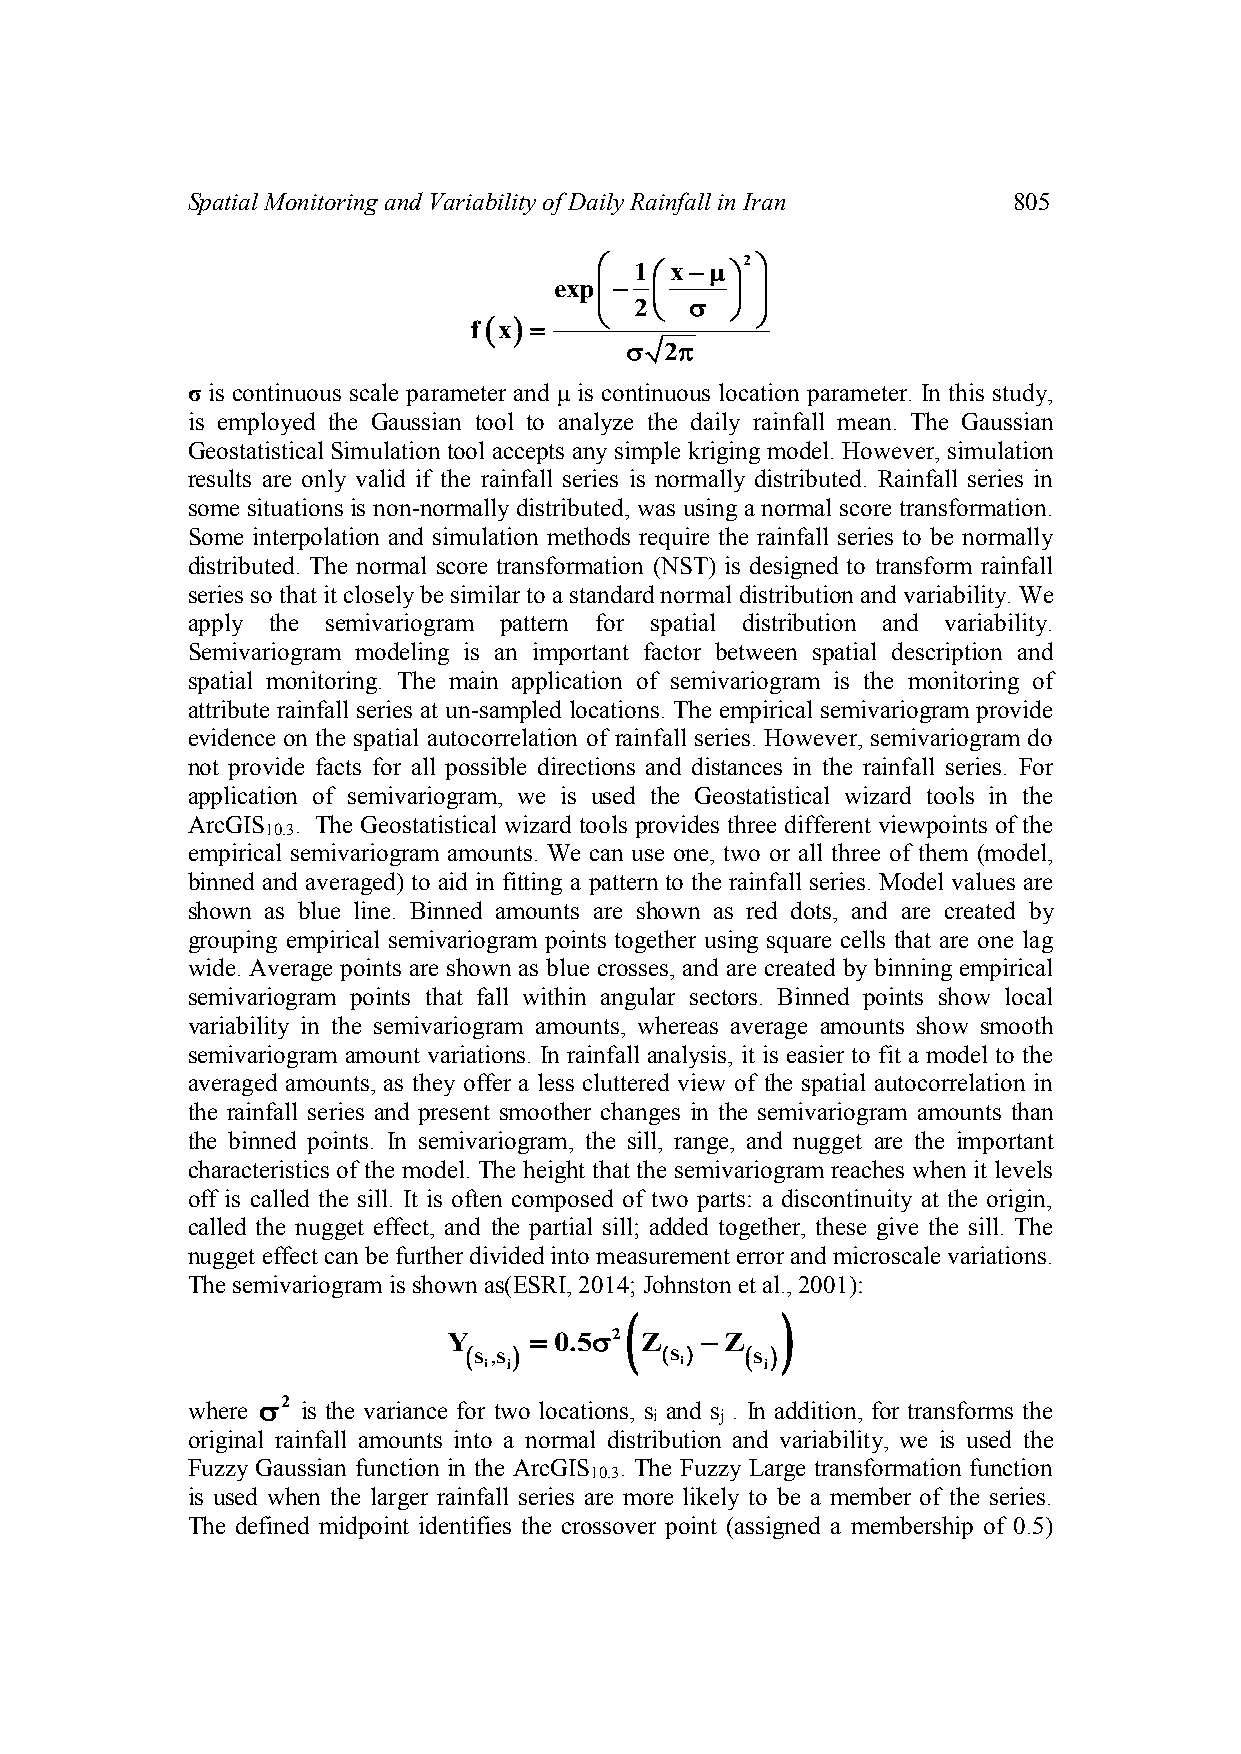
Spatial Monitoring and Variability of Daily Rainfall in Iran 805
  1 x2
 exp      
 
 
 2    
 
 fx 
   2
 σ is continuous scale parameter and μ is continuous location parameter. In this study,
 is employed the Gaussian tool to analyze the daily rainfall mean. The Gaussian
 Geostatistical Simulation tool accepts any simple kriging model. However, simulation
 results are only valid if the rainfall series is normally distributed. Rainfall series in
 some situations is non-normally distributed, was using a normal score transformation.
 Some interpolation and simulation methods require the rainfall series to be normally
 distributed. The normal score transformation (NST) is designed to transform rainfall
 series so that it closely be similar to a standard normal distribution and variability. We
 apply the semivariogram pattern for spatial distribution and variability.
 Semivariogram modeling is an important factor between spatial description and
 spatial monitoring. The main application of semivariogram is the monitoring of
 attribute rainfall series at un-sampled locations. The empirical semivariogram provide
 evidence on the spatial autocorrelation of rainfall series. However, semivariogram do
 not provide facts for all possible directions and distances in the rainfall series. For
 application of semivariogram, we is used the Geostatistical wizard tools in the
 ArcGIS  . The Geostatistical wizard tools provides three different viewpoints of the
 10.3
 empirical semivariogram amounts. We can use one, two or all three of them (model,
 binned and averaged) to aid in fitting a pattern to the rainfall series. Model values are
 shown as blue line. Binned amounts are shown as red dots, and are created by
 grouping empirical semivariogram points together using square cells that are one lag
 wide. Average points are shown as blue crosses, and are created by binning empirical
 semivariogram points that fall within angular sectors. Binned points show local
 variability in the semivariogram amounts, whereas average amounts show smooth
 semivariogram amount variations. In rainfall analysis, it is easier to fit a model to the
 averaged amounts, as they offer a less cluttered view of the spatial autocorrelation in
 the rainfall series and present smoother changes in the semivariogram amounts than
 the binned points. In semivariogram, the sill, range, and nugget are the important
 characteristics of the model. The height that the semivariogram reaches when it levels
 off is called the sill. It is often composed of two parts: a discontinuity at the origin,
 called the nugget effect, and the partial sill; added together, these give the sill. The
 nugget effect can be further divided into measurement error and microscale variations.
 The semivariogram is shown as(ESRI, 2014; Johnston et al., 2001):
           
 Y     0.52 Z  Z
  S i,S j   S i  S j
 where 2 is the variance for two locations, s and s . In addition, for transforms the
 i    j
 original rainfall amounts into a normal distribution and variability, we is used the
 Fuzzy Gaussian function in the ArcGIS . The Fuzzy Large transformation function
 10.3
 is used when the larger rainfall series are more likely to be a member of the series.
 The defined midpoint identifies the crossover point (assigned a membership of 0.5)